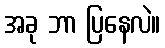
အခု ဘာ ပြနေလဲ။